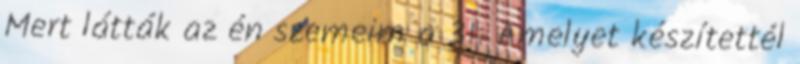
Mert látták az én szemeim a 31. Amelyet készítettél